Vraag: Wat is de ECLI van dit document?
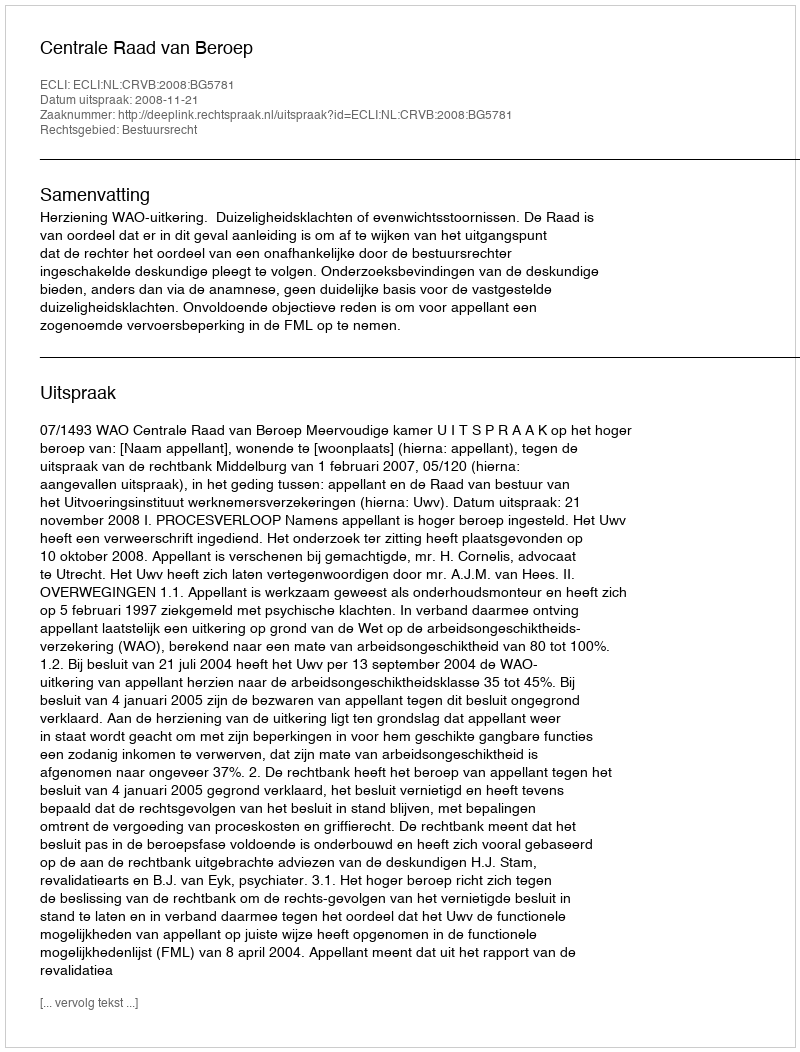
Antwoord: ECLI:NL:CRVB:2008:BG5781